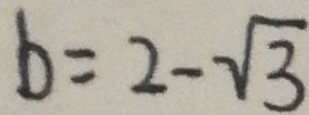
b = 2 - \sqrt { 3 }